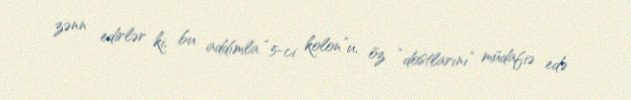
zənn edirlər ki, bu addımla “5-ci kolon”u, öz “dostlarını” müdafiə edə